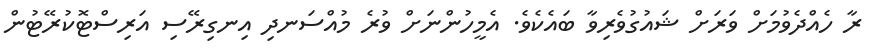
ރާ ހެއްދެވުމަށް ވަރަށް ޝައުގުވެރިވާ ބައެކެވެ. އެމީހުންނަށް ވުރެ މުއްސަނދި އިނގިރޭސި އަރިސްޓޮކުރޭޓުން